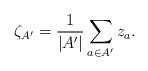
LaTeX: \begin{align*}\zeta_{A'} = \frac 1 {|A'|} \sum_{a\in A'} z_a.\end{align*}